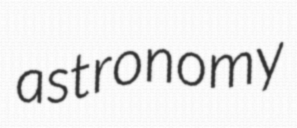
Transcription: astronomy